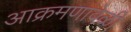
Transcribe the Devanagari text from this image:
आक्रमणावेळी